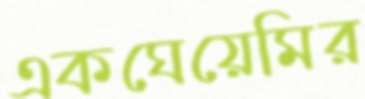
একঘেয়েমির